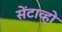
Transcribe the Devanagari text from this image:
सेंटाव्हो